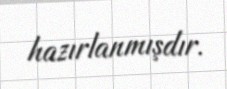
hazırlanmışdır.